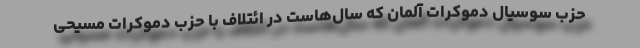
حزب سوسیال دموکرات‌ آلمان که سال‌هاست در ائتلاف با حزب دموکرات مسیحی